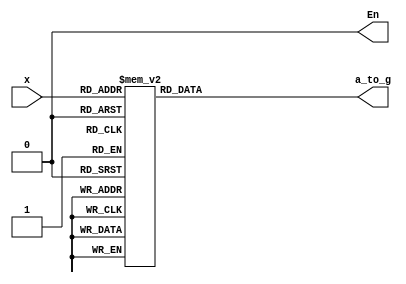
`timescale 1ns / 1ps
//////////////////////////////////////////////////////////////////////////////////
// Company: 
// Engineer: 
// 
// Design Name: 
// Module Name:    seg7 
// Project Name: 
// Target Devices: 
// Tool versions: 
// Description: 
//
// Dependencies: 
//
// Revision: 
// Revision 0.01 - File Created
// Additional Comments: 
//
//////////////////////////////////////////////////////////////////////////////////
module seg7(input [3:0] x ,output En,output reg [6:0] a_to_g );
	always @(*)
		case(x)
			0: a_to_g = 7'b1111110;
			1: a_to_g = 7'b0110000;
			2: a_to_g = 7'b1101101;
			3: a_to_g = 7'b1111001;
			4: a_to_g = 7'b0110011;
			5: a_to_g = 7'b1011011;
			6: a_to_g = 7'b1011111;
			7: a_to_g = 7'b1110000;
			8: a_to_g = 7'b1111111;
			9: a_to_g = 7'b1111011;
			
			default: a_to_g = 7'b1111110; // 0
		endcase
	assign En = 1'b0 ; // 0 for enable 1 for disable


endmodule